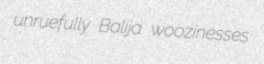
unruefully Balija woozinesses